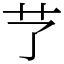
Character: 𦫼